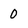
Character: 0